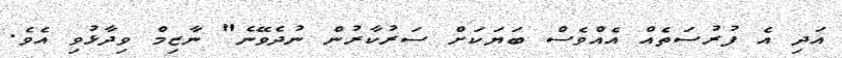
އަދި އެ ފުރުސަތެއް އެއްވެސް ބަޔަކަށް ސަރުކާރުން ނުދެވޭނެ" ނާޒިމް ވިދާޅުވި އެވެ.